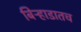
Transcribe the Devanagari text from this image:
बिऱ्हाडातच